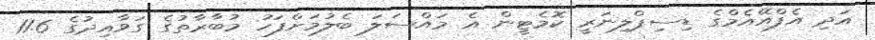
އަދި އެފްއޭއެމްގެ ޑިސިޕްލިނަރީ ކޮމެޓީން އެ މައްސަލަ ބެލުމަށްފަހު މުބާރާތުގެ ގަވާއިދުގެ 11.6